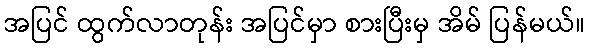
အပြင် ထွက်လာတုန်း အပြင်မှာ စားပြီးမှ အိမ် ပြန်မယ်။